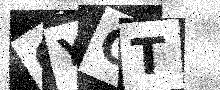
Text: QYGT